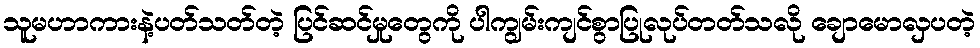
သူမဟာကားနဲ့ပတ်သတ်တဲ့ ပြင်ဆင်မှုတွေကို ပါကျွမ်းကျင်စွာပြုလုပ်တတ်သလို ချောမောလှပတဲ့